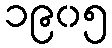
၁၉၀၅